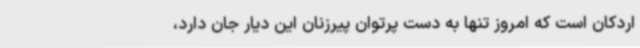
اردکان است که امروز تنها به دست پرتوان پیرزنان این دیار جان دارد،